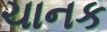
ચાનક